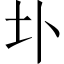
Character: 圤